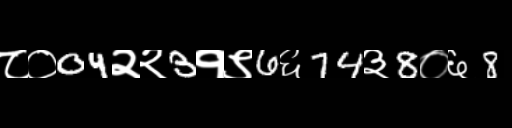
Text: ८०04२२3१९6६74३8०६8